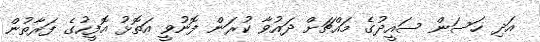
އަދި ހަސަން ސައީދުގެ މައްޗަށް ދައުވާ ކުރަން ފޮނުވީ އަތޮޅު އޮފީހުގެ ފަރާތުން